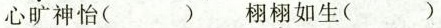
心\underset{·}{旷}神怡( ) 栩\underset{·}{栩}如生( )